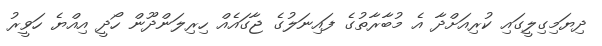
ދިޔަމިގިލީގައި ކުރިއަށްދާ އެ މުބާރާތުގެ ފައިނަލުގެ ޖާގައެއް ހިރިލަންދޫން ހޯދީ އިއްޔެ ހަވީރު